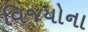
વિજયોના